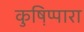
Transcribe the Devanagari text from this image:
कुष़िप्पारा